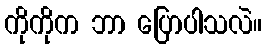
ကိုကိုက ဘာ ပြောပါသလဲ။